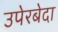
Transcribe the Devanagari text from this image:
उपेरबेदा